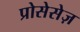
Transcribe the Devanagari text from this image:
प्रोसेसेज़